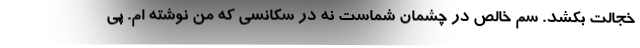
خجالت بکشد. سم خالص در چشمان شماست نه در سکانسی که من نوشته ام. پی